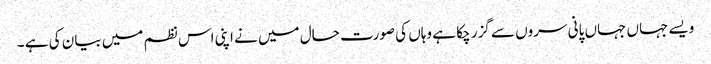
ویسے جہاں جہاں پانی سروں سے گزر چکا ہے وہاں کی صورت حال میں نے اپنی اس نظم میں بیان کی ہے ۔